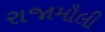
રાજામૌલી